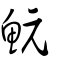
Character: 魭